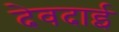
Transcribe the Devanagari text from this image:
देवदाई